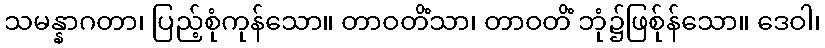
သမန္နာဂတာ၊ ပြည့်စုံကုန်သော။ တာဝတိံသာ၊ တာဝတိံ ဘုံ၌ဖြစ်ုန်သော။ ဒေဝါ၊